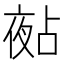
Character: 𡖵